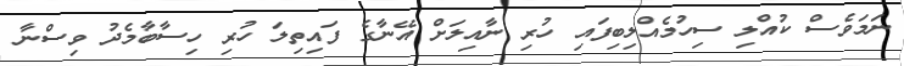
ނަމަވެސް ކުއްލި ސިހުމެއްލިބިފައި ހުރި ނާއިލަށް އޭނާގެ ފައިތިލަ ހުރި ހިސާބާމެދު ވިސްނާ